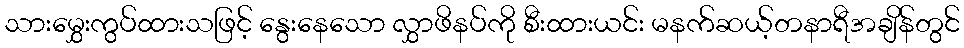
သားမွှေးကွပ်ထားသဖြင့် နွေးနေသော လွှာဖိနပ်ကို စီးထားယင်း မနက်ဆယ့်တနာရီအချိန်တွင်